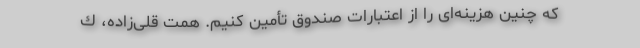
كه چنین هزینه‌ای را از اعتبارات صندوق تأمین كنیم. همت قلی‌زاده، ك